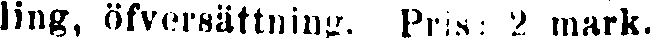
ling, öfversättning. Pris: 2 mark.